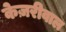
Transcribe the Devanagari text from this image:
केज़रीवाल